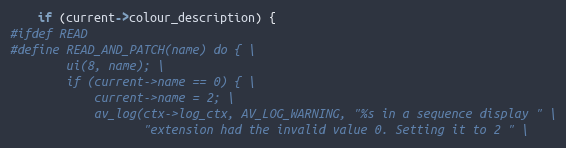
Language: C
    if (current->colour_description) {
#ifdef READ
#define READ_AND_PATCH(name) do { \
        ui(8, name); \
        if (current->name == 0) { \
            current->name = 2; \
            av_log(ctx->log_ctx, AV_LOG_WARNING, "%s in a sequence display " \
                   "extension had the invalid value 0. Setting it to 2 " \